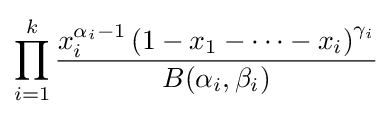
\prod _{i=1}^{k}{\frac {x_{i}^{\alpha _{i}-1}\left(1-x_{1}-\cdots -x_{i}\right)^{\gamma _{i}}}{B(\alpha _{i},\beta _{i})}}